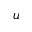
u